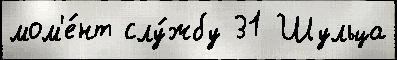
мом'е́нт слу́жбу 31 Шульца